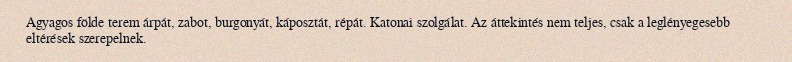
Agyagos földe terem árpát, zabot, burgonyát, káposztát, répát. Katonai szolgálat. Az áttekintés nem teljes, csak a leglényegesebb eltérések szerepelnek.